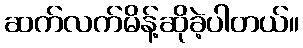
ဆက်လက်မိန့်ဆိုခဲ့ပါတယ်။